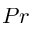
P r